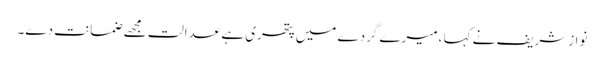
نوازشریف نے کہا ،میرے گردے میں پتھری ہے عدالت مجھے ضمانت دے۔